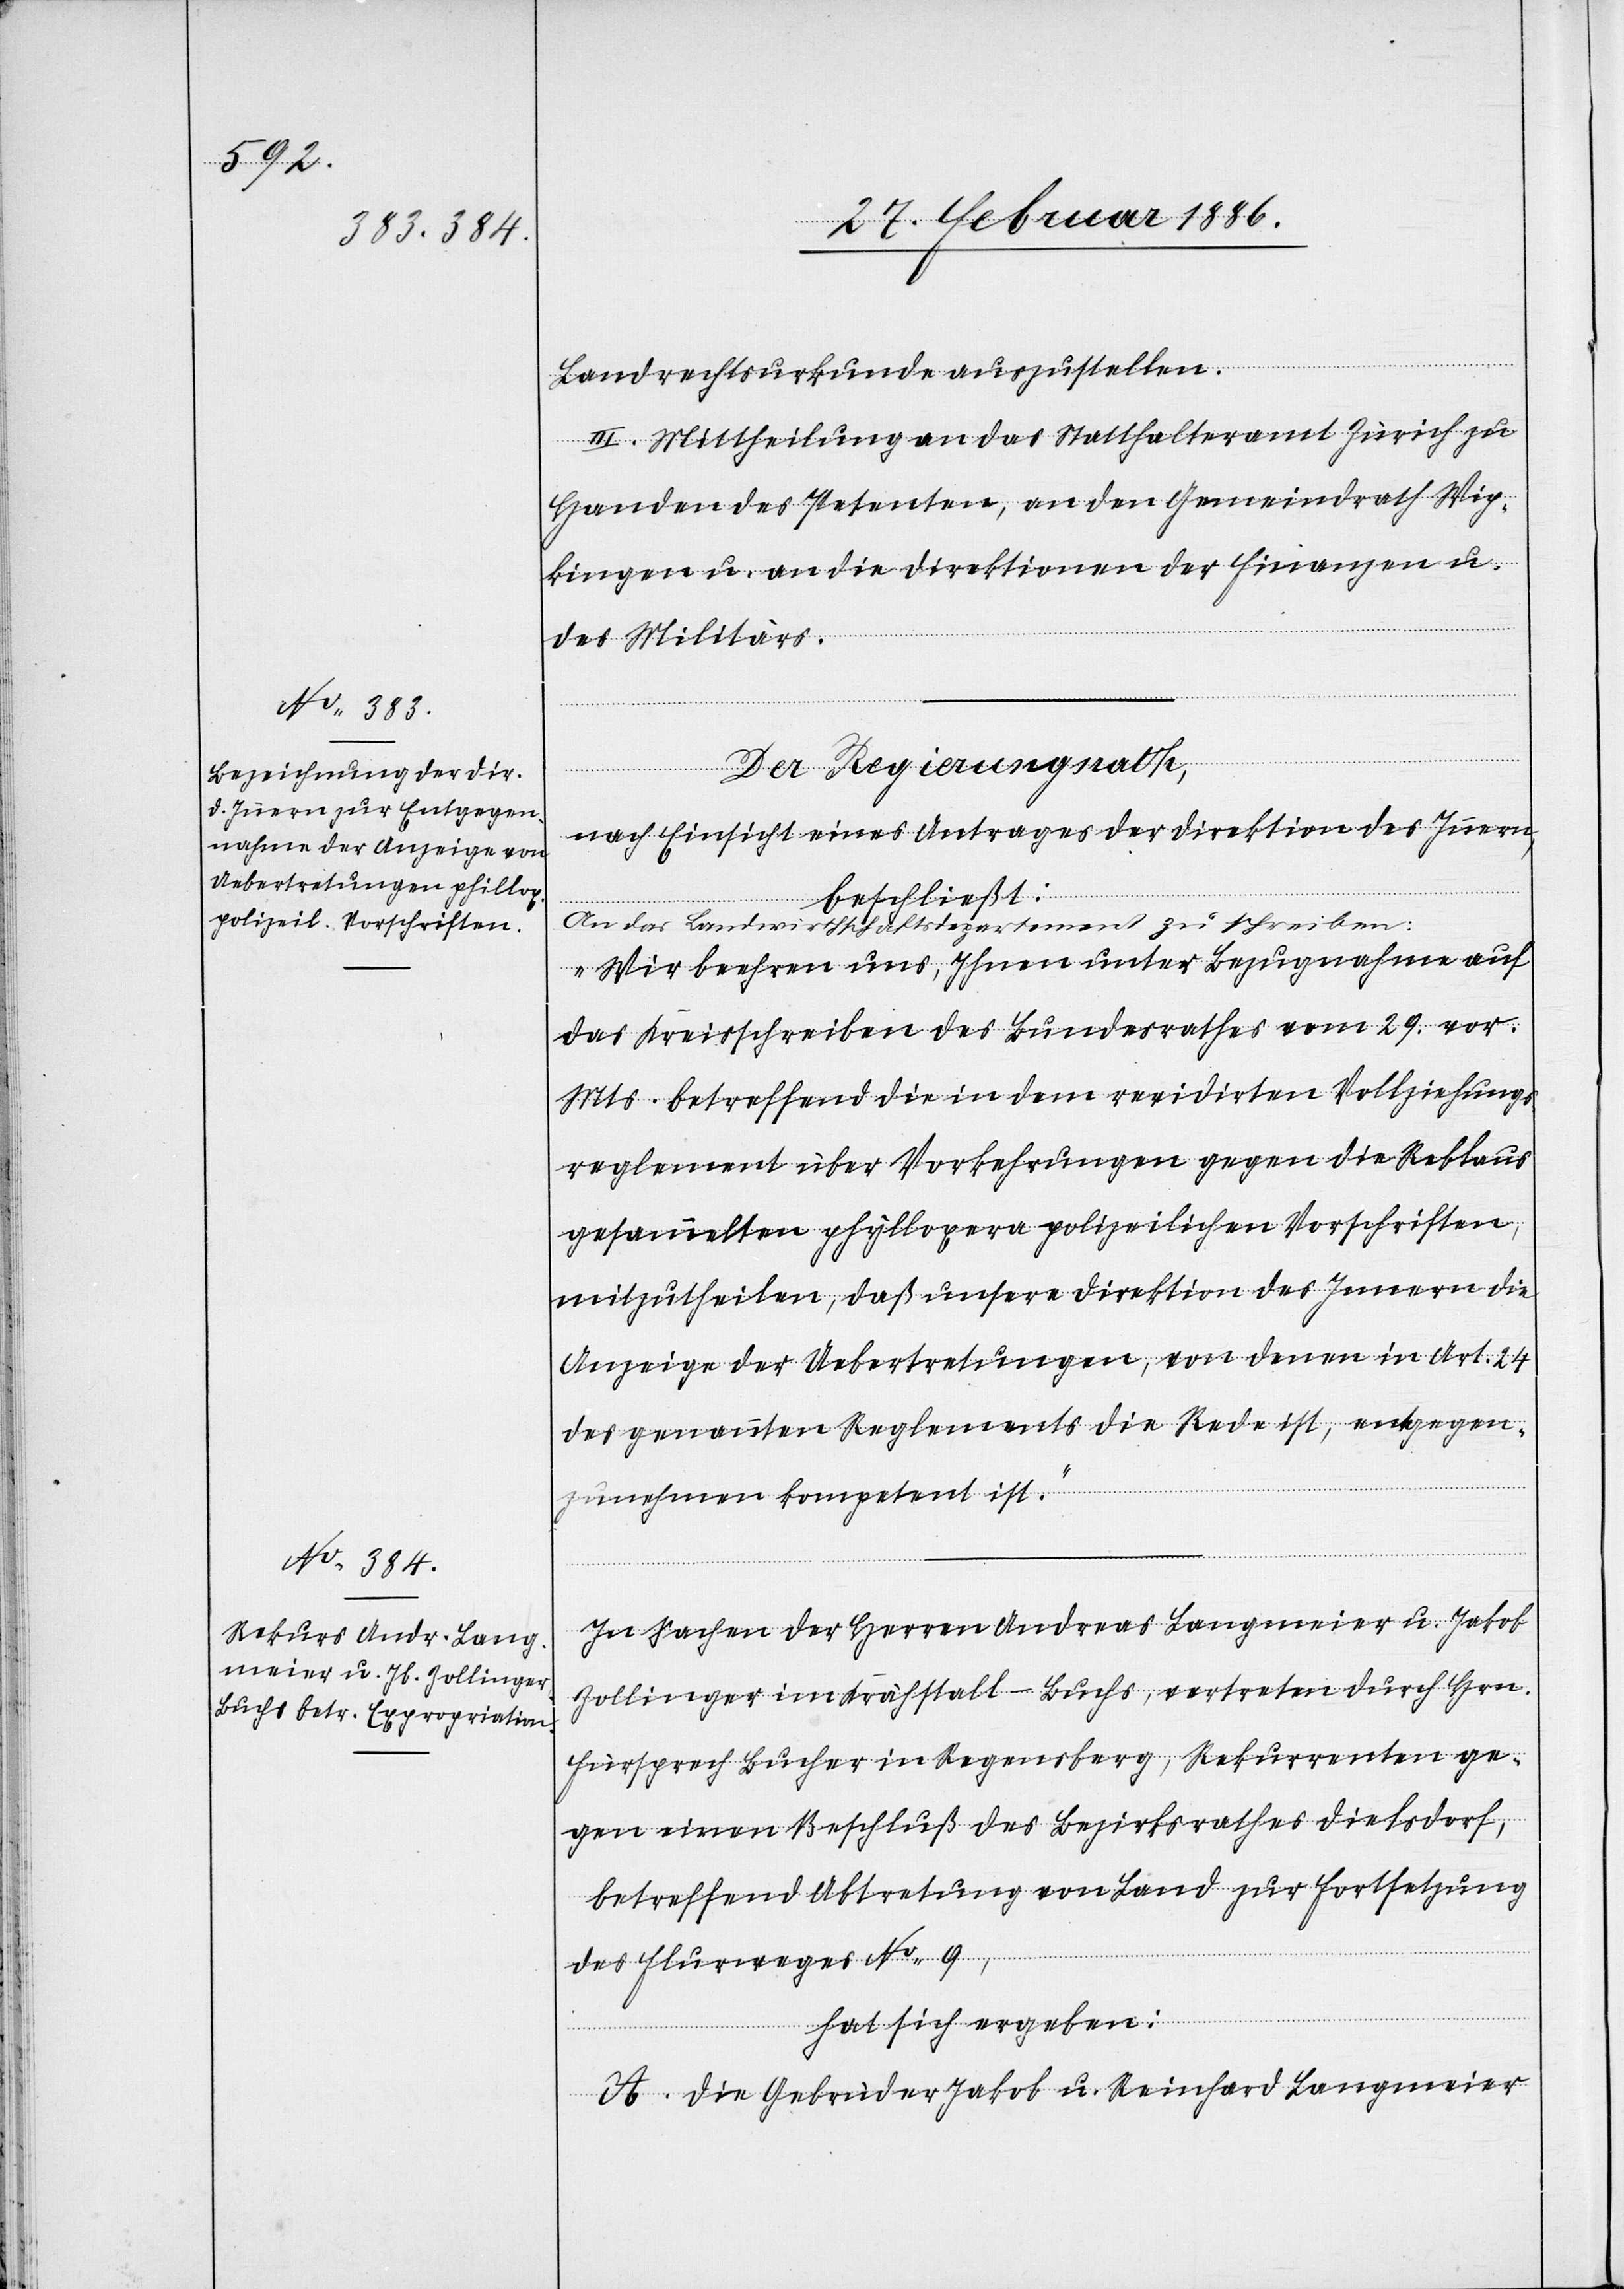
Landrechtsurkunde auszustellen.
III. Mittheilung an das Statthalteramt Zürich zu
Handen des Petenten, an den Gemeindrath Wip¬
kingen u. an die Direktionen der Finanzen u.
des Militärs.
Der Regierungsrath,
nach Einsicht eines Antrages der Direktion des Innern,
beschließt:
An Das Landwirtschaftsdepartement zu schreiben:
„Wir beehren uns, Ihnen unter Bezugnahme auf
das Kreisschreiben des Bundesrathes vom 29. vor.
Mts. betreffend die in dem revidirten Vollziehungs¬
reglement über Vorkehrungen gegen die Reblaus
gesammelten phylloxera polizeilichen Vorschriften,
mitzutheilen, daß unsere Direktion des Innern die
Anzeige der Uebertretungen, von denen in Art. 24
des genannten Reglements die Rede ist, entgegen¬
zunehmen kompetent ist.“
In Sachen der Herren Andreas Langmeier u. Jakob
Zollinger im Krähstall - Buchs, vertreten durch Hrn.
Fürsprech Bucher in Regensberg, Rekurrenten ge¬
gen einen Beschluß des Bezirksrathes Dielsdorf,
betreffend Abtretung von Land zur Fortsetzung
des Flurweges Nr. 9,
hat sich ergeben:
A. Die Gebrüder Jakob u. Reinhard Langmeier